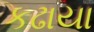
કઢાયા